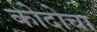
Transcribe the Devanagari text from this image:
कोदोचा